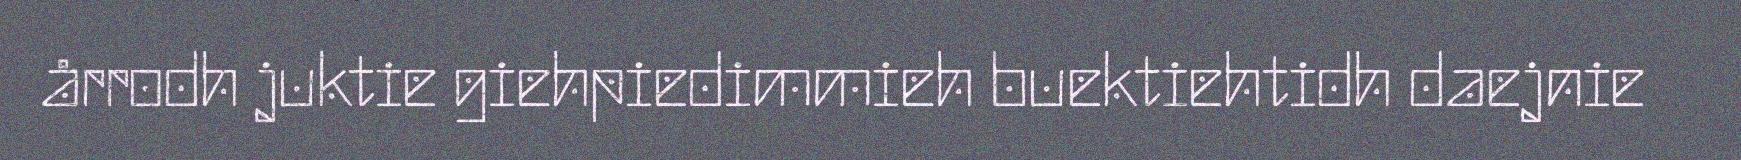
årrodh juktie giehpiedimmieh buektiehtidh daejnie